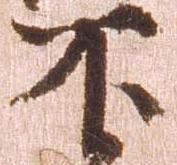
不